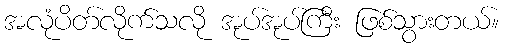
အလုံပိတ်လိုက်သလို အုပ်အုပ်ကြီး ဖြစ်သွားတယ်။